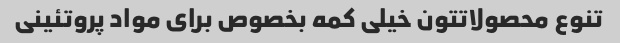
تنوع محصولاتتون خیلی کمه بخصوص برای مواد پروتئینی